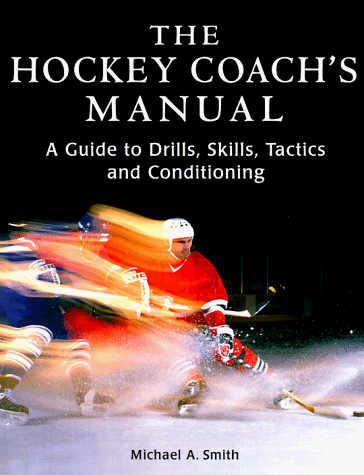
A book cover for The Hockey Coach's Manual: A Guide to Drills, Skills and Conditioning; Michael Smith; Sports & Outdoors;